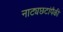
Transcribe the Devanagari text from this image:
नाट्यछटांपैकी